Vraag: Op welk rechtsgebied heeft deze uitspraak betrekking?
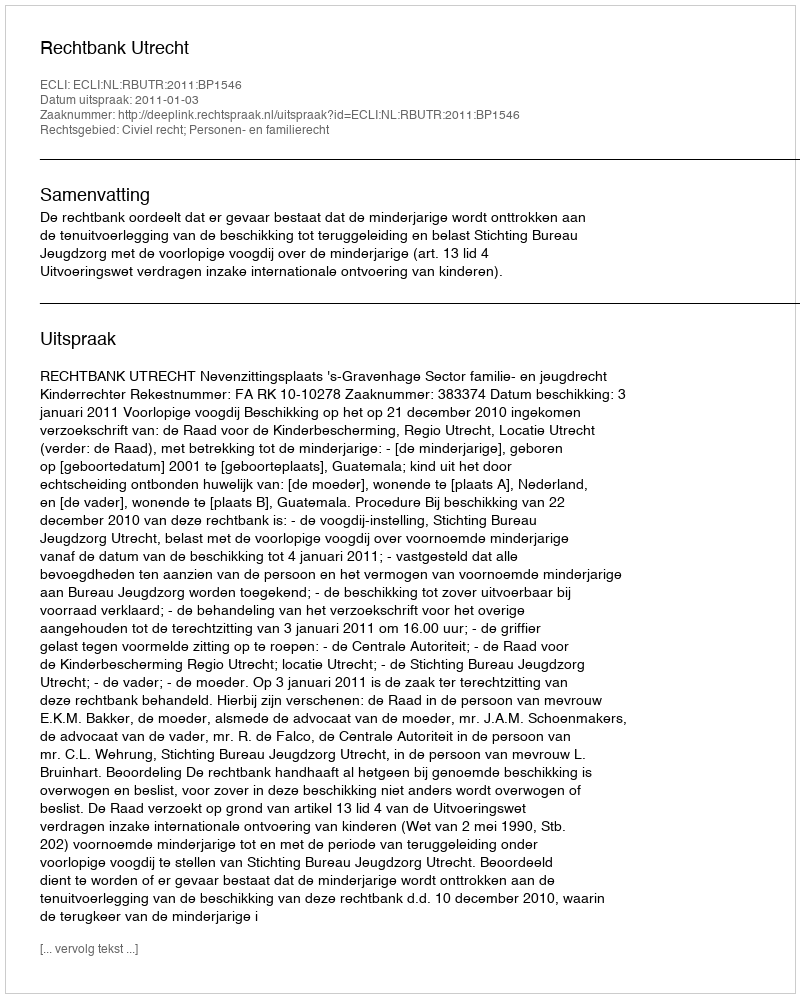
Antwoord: Civiel recht; Personen- en familierecht